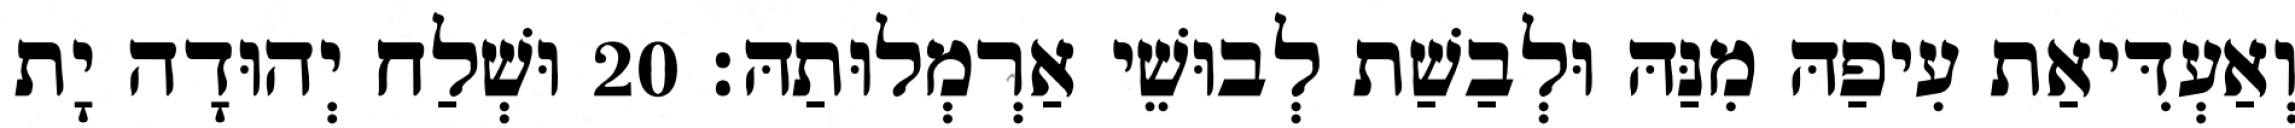
וְאַעְדִּיאַת עִיפַהּ מִנַּהּ וּלְבַשַׁת לְבוּשֵׁי אַרְמְלוּתַהּ׃ 20 וּשְׁלַח יְהוּדָה יָת